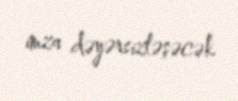
imza dəyərsizləşəcək.